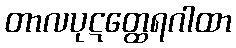
တာလပုဋတ္ထေရဂါထာ